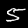
Digit: 5